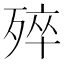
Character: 𣨛